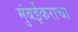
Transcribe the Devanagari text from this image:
मुंबईकराचा